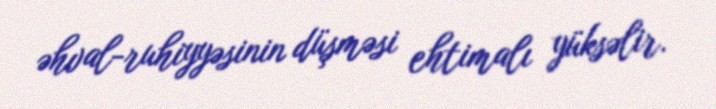
əhval-ruhiyyəsinin düşməsi ehtimalı yüksəlir.